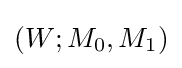
{\mathcal {}}(W;M_{0},M_{1})